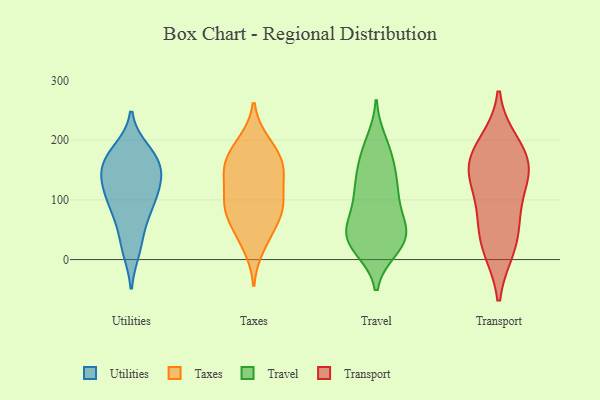
{"axis": {"x": "Backlog", "y": "Value"}, "legend": ["Taxes", "Transport", "Travel", "Utilities"], "data": [{"x": "", "y": 16, "type": "Utilities"}, {"x": "", "y": 176, "type": "Utilities"}, {"x": "", "y": 87, "type": "Utilities"}, {"x": "", "y": 168, "type": "Utilities"}, {"x": "", "y": 116, "type": "Utilities"}, {"x": "", "y": 116, "type": "Utilities"}, {"x": "", "y": 161, "type": "Utilities"}, {"x": "", "y": 119, "type": "Utilities"}, {"x": "", "y": 25, "type": "Utilities"}, {"x": "", "y": 79, "type": "Utilities"}, {"x": "", "y": 70, "type": "Utilities"}, {"x": "", "y": 132, "type": "Utilities"}, {"x": "", "y": 183, "type": "Utilities"}, {"x": "", "y": 148, "type": "Utilities"}, {"x": "", "y": 158, "type": "Utilities"}, {"x": "", "y": 197, "type": "Taxes"}, {"x": "", "y": 193, "type": "Taxes"}, {"x": "", "y": 151, "type": "Taxes"}, {"x": "", "y": 84, "type": "Taxes"}, {"x": "", "y": 21, "type": "Taxes"}, {"x": "", "y": 90, "type": "Taxes"}, {"x": "", "y": 90, "type": "Taxes"}, {"x": "", "y": 141, "type": "Taxes"}, {"x": "", "y": 168, "type": "Taxes"}, {"x": "", "y": 91, "type": "Taxes"}, {"x": "", "y": 167, "type": "Taxes"}, {"x": "", "y": 55, "type": "Taxes"}, {"x": "", "y": 43, "type": "Taxes"}, {"x": "", "y": 137, "type": "Taxes"}, {"x": "", "y": 147, "type": "Taxes"}, {"x": "", "y": 92, "type": "Taxes"}, {"x": "", "y": 52, "type": "Travel"}, {"x": "", "y": 28, "type": "Travel"}, {"x": "", "y": 127, "type": "Travel"}, {"x": "", "y": 38, "type": "Travel"}, {"x": "", "y": 41, "type": "Travel"}, {"x": "", "y": 101, "type": "Travel"}, {"x": "", "y": 50, "type": "Travel"}, {"x": "", "y": 77, "type": "Travel"}, {"x": "", "y": 20, "type": "Travel"}, {"x": "", "y": 124, "type": "Travel"}, {"x": "", "y": 26, "type": "Travel"}, {"x": "", "y": 107, "type": "Travel"}, {"x": "", "y": 196, "type": "Travel"}, {"x": "", "y": 177, "type": "Travel"}, {"x": "", "y": 39, "type": "Travel"}, {"x": "", "y": 174, "type": "Travel"}, {"x": "", "y": 145, "type": "Travel"}, {"x": "", "y": 195, "type": "Transport"}, {"x": "", "y": 184, "type": "Transport"}, {"x": "", "y": 155, "type": "Transport"}, {"x": "", "y": 149, "type": "Transport"}, {"x": "", "y": 75, "type": "Transport"}, {"x": "", "y": 67, "type": "Transport"}, {"x": "", "y": 127, "type": "Transport"}, {"x": "", "y": 150, "type": "Transport"}, {"x": "", "y": 18, "type": "Transport"}, {"x": "", "y": 20, "type": "Transport"}]}